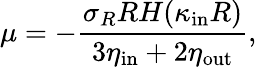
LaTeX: \mu=-\frac{\sigma_{R}RH(\kappa_{\mathrm{in}}R)}{3\eta_{\mathrm{in}}+2\eta_{\mathrm{out}}},